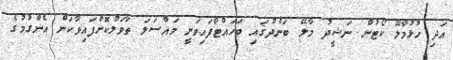
އަދި ހުޅުމާލޭ ކޯޓުން ނަޝީދު މާލޭ ބަންދުގައި ބަހައްޓާފައިވަނީ މައްސަލަ ތާވަލުކޮށްފައިވާކަން އެންގުމުގެ